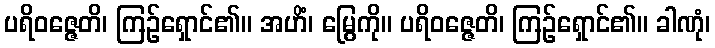
ပရိဝဇ္ဇေတိ၊ ကြဉ်ရှောင်၏။ အဟိံ၊ မြွေကို။ ပရိဝဇ္ဇေတိ၊ ကြဉ်ရှောင်၏။ ခါဏုံ၊